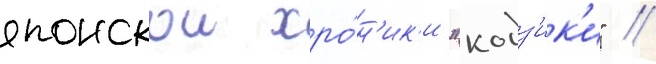
японскои хро́н'ик'и "кодз'ик'и" //